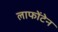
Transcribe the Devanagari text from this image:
लाफोंटेन